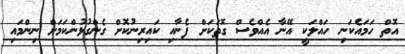
އޮތް ހަމައެކަނި ހައްލަކީ އޭނާ އެއްވެސް ގޮތަކަށް ފެނާއި ކައިރިނުކޮށް ގެންގުޅުންކަމަށް ނިންމައި